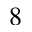
8